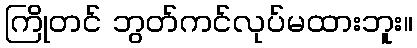
ကြိုတင် ဘွတ်ကင်လုပ်မထားဘူး။